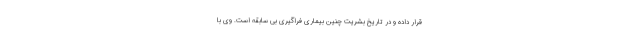
قرار داده و در تاریخ بشریت چنین بیماری فراگیری بی سابقه است. وی با